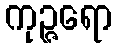
ကုဉ္ဇရော